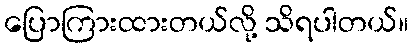
ပြောကြားထားတယ်လို့ သိရပါတယ်။